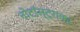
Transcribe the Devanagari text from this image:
नोटॉस्ट्राका